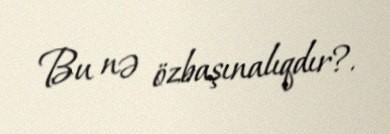
Bu nə özbaşınalıqdır?.